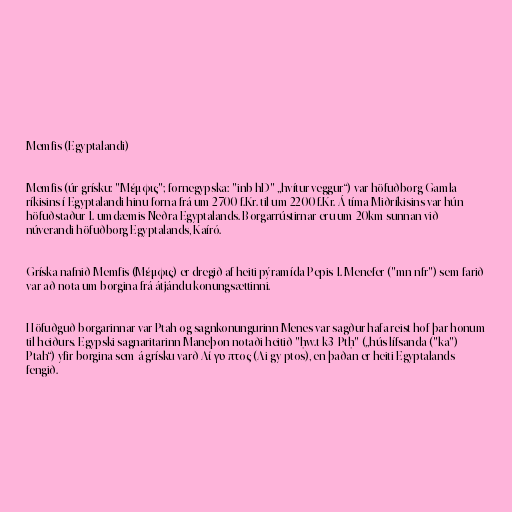
Memfis (Egyptalandi)

Memfis (úr grísku: "Μέμφις"; fornegypska: "inb hD" „hvítur veggur“) var höfuðborg Gamla
ríkisins í Egyptalandi hinu forna frá um 2700 f.Kr. til um 2200 f.Kr. Á tíma Miðríkisins var hún
höfuðstaður 1. umdæmis Neðra Egyptalands. Borgarrústirnar eru um 20km sunnan við
núverandi höfuðborg Egyptalands, Kaíró.

Gríska nafnið Memfis (Μέμφις) er dregið af heiti pýramída Pepis 1. Menefer ("mn nfr") sem farið
var að nota um borgina frá átjándu konungsættinni.

Höfuðguð borgarinnar var Ptah og sagnkonungurinn Menes var sagður hafa reist hof þar honum
til heiðurs. Egypski sagnaritarinn Maneþon notaði heitið "ḥw.t-k3-Ptḥ" („hús lífsanda ("ka")
Ptah“) yfir borgina sem á grísku varð Aί γυ πτoς (Ai-gy-ptos), en þaðan er heiti Egyptalands
fengið.